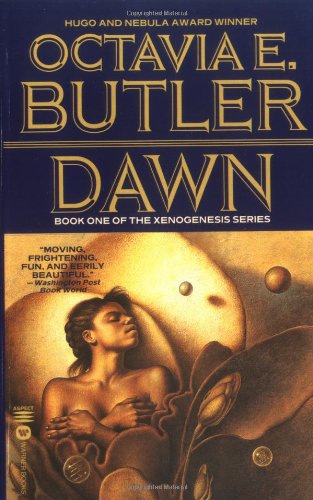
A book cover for Dawn (Xenogenesis, Bk. 1); Octavia E. Butler; Science Fiction & Fantasy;